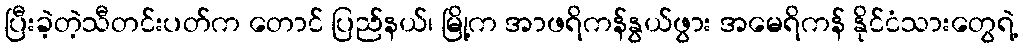
ပြီးခဲ့တဲ့သီတင်းပတ်က တောင် ပြည်နယ်၊ မြို့က အာဖရိကန်နွယ်ဖွား အမေရိကန် နိုင်ငံသားတွေရဲ့